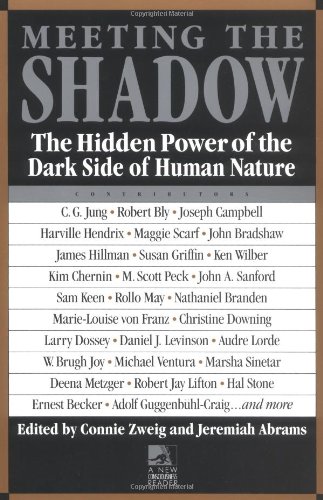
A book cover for Meeting the Shadow: The Hidden Power of the Dark Side of Human Nature; Health, Fitness & Dieting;